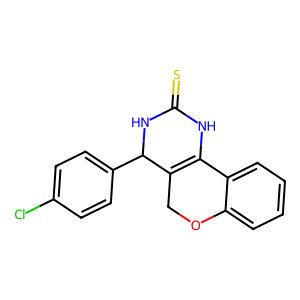
SMILES: S=C1NC2=C(COc3ccccc32)C(c2ccc(Cl)cc2)N1
Inhibits HIV replication: No